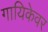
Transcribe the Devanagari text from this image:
गायिकेवर